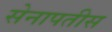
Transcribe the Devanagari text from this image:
सेनापतीस